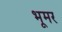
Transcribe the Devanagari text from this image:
भूमर